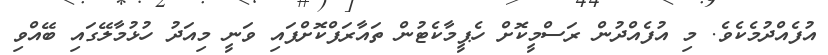
އުފެއްދުމެކެވެ. މި އުފެއްދުން ރަސްމީކޮށް ހެޕީމާކެޓުން ތައާރަފްކޮށްފައި ވަނީ މިއަދު ހުޅުމާލޭގަައި ބޭއްވި